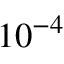
1 0 ^ { - 4 }